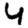
Digit: 4